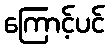
ကြောင့်ပင်